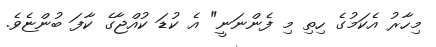
މިހާރު އެކަމުގެ ހިތި މި ފެންނަނީ" އެ ކުޑަ ކުއްޖާގެ ކާފަ ބުންޏެވެ.